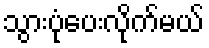
သွားပုံပေးလိုက်မယ်